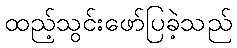
ထည့်သွင်းဖော်ပြခဲ့သည်